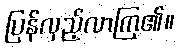
ပြန်လှည့်လာကြ၏။